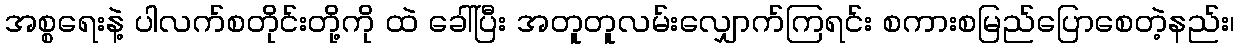
အစ္စရေးနဲ့ ပါလက်စတိုင်းတို့ကို ထဲ ခေါ်ပြီး အတူတူလမ်းလျှောက်ကြရင်း စကားစမြည်ပြောစေတဲ့နည်း၊